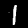
Label: 1